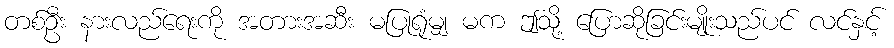
တစ်ဦး နားလည်ရေးကို အတားအဆီး မပြုရုံမျှ မက ဤသို့ ပြောဆိုခြင်းမျိုးသည်ပင် လင်နှင့်